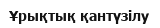
Ұрықтық қантүзілу